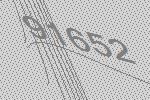
91652